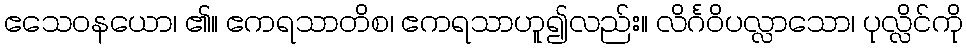
ဧသေဝနယော၊ ၏။ ဧကရသာတိစ၊ ဧကရသာဟူ၍လည်း။ လိင်္ဂဝိပလ္လာသော၊ ပုလ္လိင်ကို